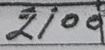
2100